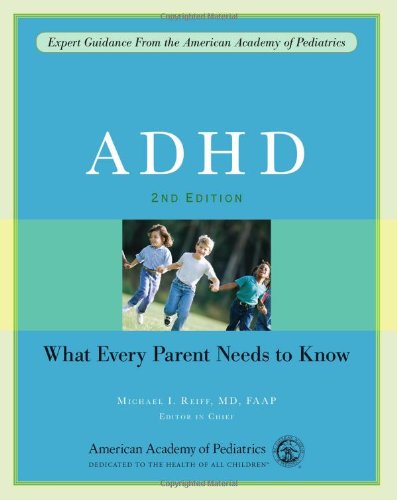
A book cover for ADHD: What Every Parent Needs to Know; Literature & Fiction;